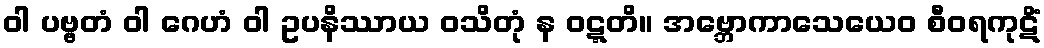
ဝါ ပဗ္ဗတံ ဝါ ဂေဟံ ဝါ ဥပနိဿာယ ဝသိတုံ န ဝဋ္ဋတိ။ အဗ္ဘောကာသေယေဝ စီဝရကုဋိံ